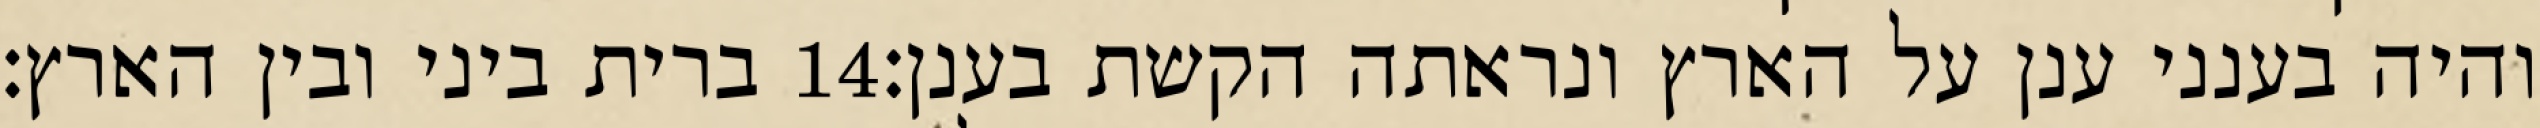
ברית ביני ובין הארץ׃ ‎14‏ והיה בענני ענן על הארץ ונראתה הקשת בענן׃